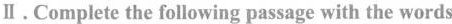
Ⅱ.Complete the following passage with the words